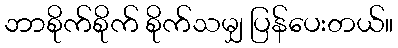
ဘာစိုက်စိုက် စိုက်သမျှ ပြန်ပေးတယ်။